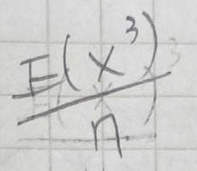
$E\left(\frac{X^{3}}{n}\right)$